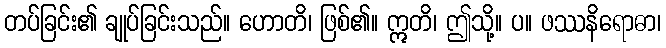
တပ်ခြင်း၏ ချုပ်ခြင်းသည်။ ဟောတိ၊ ဖြစ်၏။ ဣတိ၊ ဤသို့။ ပ။ ဖဿနိရောဓာ၊